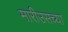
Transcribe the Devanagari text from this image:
मारीउसच्या